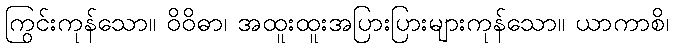
ကြွင်းကုန်သော။ ဝိဝိဓာ၊ အထူးထူးအပြားပြားများကုန်သော။ ယာကာစိ၊